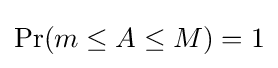
\Pr(m\leq A\leq M)=1